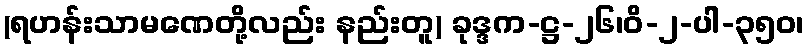
(ရဟန်းသာမဏေတို့လည်း နည်းတူ) ခုဒ္ဒက-ဋ္ဌ-၂၆၊ဝိ-၂-ပါ-၃၅၀၊